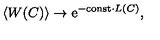
\left< W ( C ) \right> \to \mathrm { e } ^ { - \mathrm { c o n s t } \cdot L ( C ) } ,